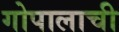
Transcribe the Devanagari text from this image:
गोपालाची